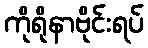
ကိုရိုနာဗိုင်းရပ်